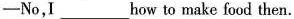
-No,I ___ how to make food then.